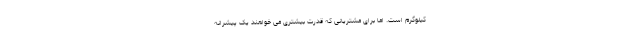
کیلوگرم است. اما برای مشتریانی که قدرت بیشتری می خواهند یک پیشرانه